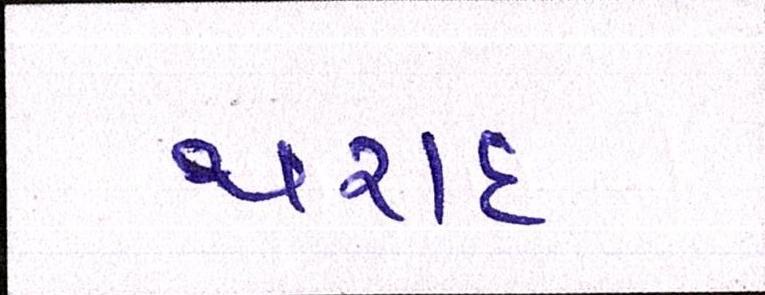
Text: થરાદ